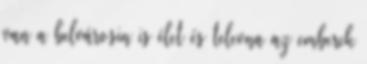
van a belvárosin is élet és televna az emberek